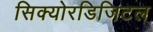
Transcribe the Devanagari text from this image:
सिक्योरडिजिटल